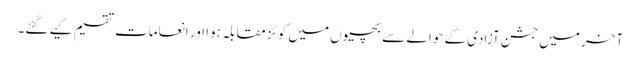
آخر میں جشن آزادی کے حوالے سے بچیوں میں کو ئز مقابلہ ہوا اور انعامات تقسیم کیے گئے۔